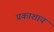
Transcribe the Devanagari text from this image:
प्रकाशाय